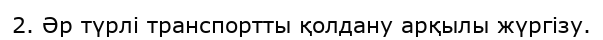
2. Әр түрлі транспортты қолдану арқылы жүргізу.